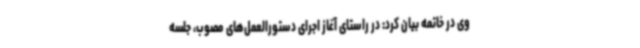
وی در خاتمه بیان کرد: در راستای آغاز اجرای دستورالعمل‌های مصوب، جلسه